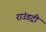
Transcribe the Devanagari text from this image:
राउंडट्री